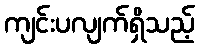
ကျင်းပလျက်ရှိသည့်